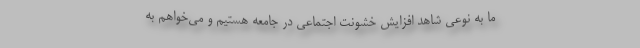
ما به نوعي شاهد افزايش خشونت اجتماعي در جامعه هستيم و مي‌خواهم به